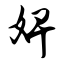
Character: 婢